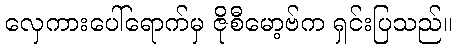
လှေကားပေါ်ရောက်မှ ဇိုစီမော့ဗ်က ရှင်းပြသည်။